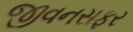
જીવનસફર